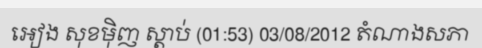
អៀង សុខម៉ិញ ស្តាប់ (01:53) 03/08/2012 តំណាងសភា